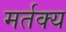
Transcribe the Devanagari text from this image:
मर्तक्य